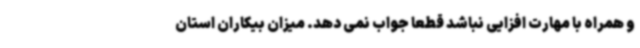
و همراه با مهارت افزایی نباشد قطعا جواب نمی دهد. میزان بیکاران استان